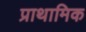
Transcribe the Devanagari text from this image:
प्राथामिक